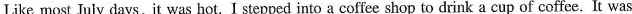
Like most July days, it was hot.I stepped into a coffee shop to drink a cup of coffee. It was